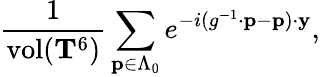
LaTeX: \frac{1}{\mathrm{vol}({\mathbf T}^{6})}\sum_{{\mathbf p}\in\Lambda_{0}}e^{-i(g^{-1}\cdot{\mathbf p}-{\mathbf p})\cdot{\mathbf y}},